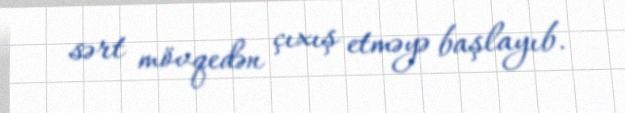
sərt mövqedən çıxış etməyə başlayıb.